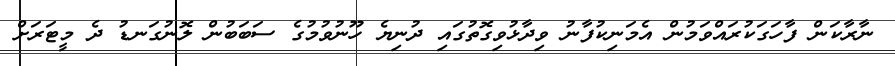
ނާރާކަން ފާހަގަކުރައްވަމުން އެމަނިކުފާނު ވިދާޅުވިގޮތުގައި ދުނިޔެ ހޫނުވުމުގެ ސަބަބުން ލޮނުގަނޑު ދެ މީޓަރަށް